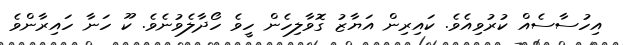
އިހުސާސެއް ކުރުވިއެވެ. ކައިރިން އަޔާޒު ގޮވާލިހެން ހީވެ ހޯދާލެވުނެވެ. ކޫ ހަނާ ހައިރާންވެ